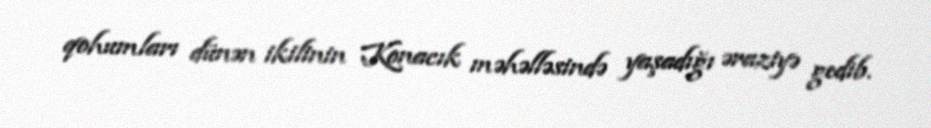
qohumları dünən ikilinin Konacık məhəlləsində yaşadığı əraziyə gedib.